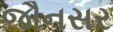
જૌનસર